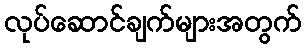
လုပ်ဆောင်ချက်များအတွက်